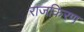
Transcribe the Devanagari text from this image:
राजकिरण